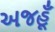
અજહૂઁ